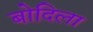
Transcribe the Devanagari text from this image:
बोदिला